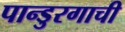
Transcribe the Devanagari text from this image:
पान्डुरगाची